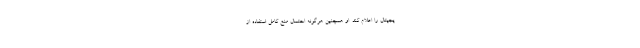
یجیتال را اعلام کند. او همچنین هرگونه احتمال منع کامل استفاده از